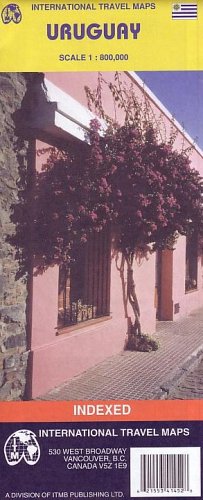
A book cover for Uruguay & Montevideo Map by ITMB (Travel Reference Map); ITMB Publishing; Travel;